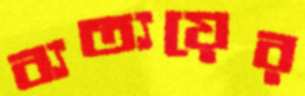
ব্যত্যয়ের